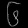
Digit: ၆